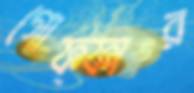
গোফ্ফার